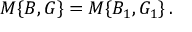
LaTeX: M \{ B , G \} = M \{ B _ { 1 } , G _ { 1 } \} \, .